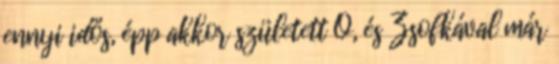
ennyi idős, épp akkor született Ő, és Zsofkával már